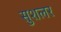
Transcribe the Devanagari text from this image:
सुशलर